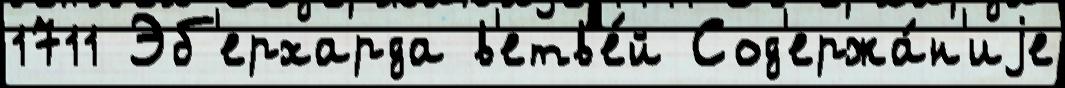
1711 Эб'ерхарда в'етв'е́й Сод'ержа́н'иjе